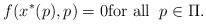
LaTeX: \begin{align*} f ( x^*(p) , p ) = 0 \mbox{for all} \;\; p \in \Pi .\end{align*}